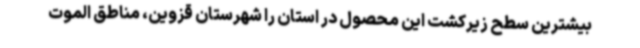
بیشترین سطح زیرکشت این محصول در استان را شهرستان قزوین، مناطق الموت